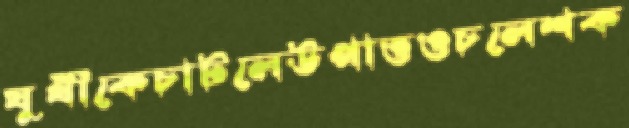
যুথীকেচাটলেউপাত্তওচলেশক